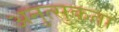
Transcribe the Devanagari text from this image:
अनुत्सुकता